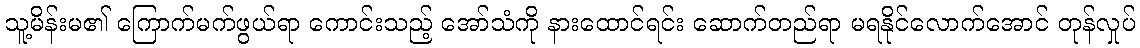
သူ့မိန်းမ၏ ကြောက်မက်ဖွယ်ရာ ကောင်းသည့် အော်သံကို နားထောင်ရင်း ဆောက်တည်ရာ မရနိုင်လောက်အောင် တုန်လှုပ်